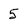
Character: 5